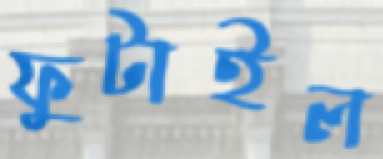
ফুটাইল